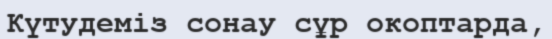
Күтудеміз сонау сұр окоптарда,